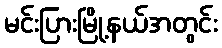
မင်းပြားမြို့နယ်အတွင်း